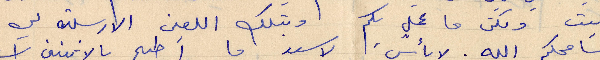
بيت ولكن ما عمل لكم وبتلك اللعين الارسلته لي